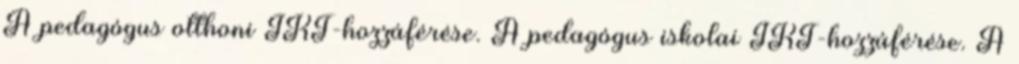
A pedagógus otthoni IKT-hozzáférése. A pedagógus iskolai IKT-hozzáférése. A